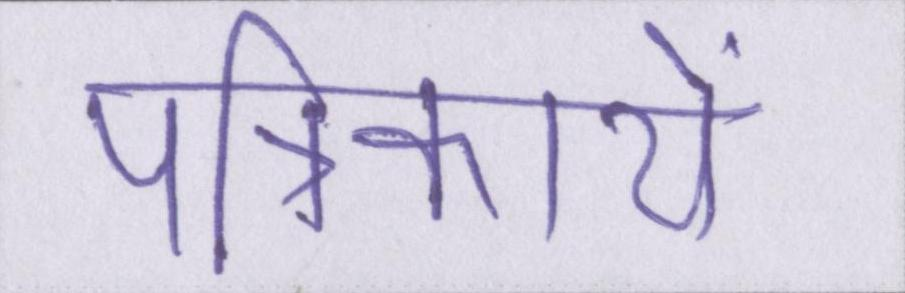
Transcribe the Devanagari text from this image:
पत्रिकायें